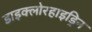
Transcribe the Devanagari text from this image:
डाइक्लोरहाइड्रिन